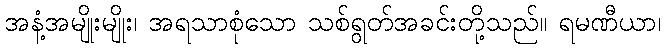
အနံ့အမျိုးမျိုး၊ အရသာစုံသော သစ်ရွတ်အခင်းတို့သည်။ ရမဏီယာ၊